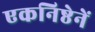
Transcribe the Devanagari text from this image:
एकनिष्ठेनें